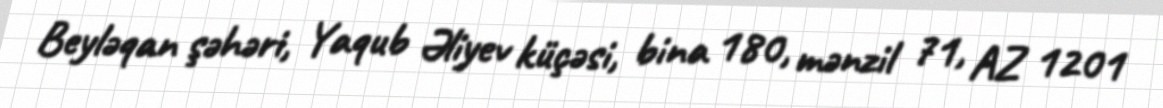
Beyləqan şəhəri, Yaqub Əliyev küçəsi, bina 180, mənzil 71, AZ 1201